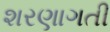
શરણાગતી